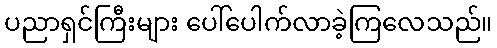
ပညာရှင်ကြီးများ ပေါ်ပေါက်လာခဲ့ကြလေသည်။